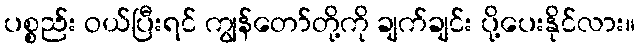
ပစ္စည်း ဝယ်ပြီးရင် ကျွန်တော်တို့ကို ချက်ချင်း ပို့ပေးနိုင်လား။